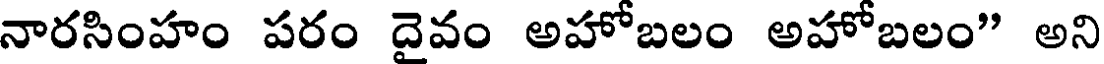
నారసింహం పరం దైవం అహోబలం అహోబలం" అని